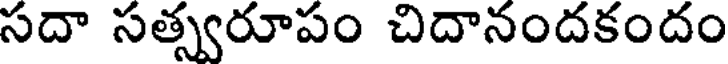
సదా సత్స్వరూపం చిదానందకందం